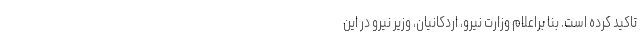
تاکید کرده است. بنا براعلام وزارت نیرو، اردکانیان، وزیر نیرو در این